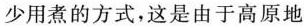
少用煮的方式，这是由于高原地